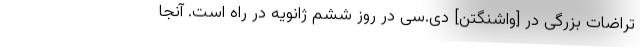
تراضات بزرگی در [واشنگتن] دی‌.سی در روز ششم ژانویه در راه است. آنجا